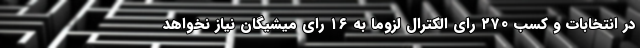
در انتخابات و کسب ۲۷۰ رای الکترال لزوما به ۱۶ رای میشیگان نیاز نخواهد